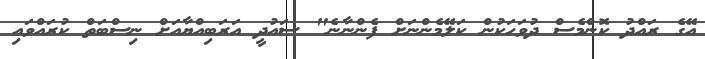
އޭގެ ރައްދު ކޮންމެސް ދުވަހަކުން ކަލޭމެންނަށް ފެންނާނެ" ސައުދީ އަރަބިއްޔާއަށް ނިސްބަތް ކުރައްވައި